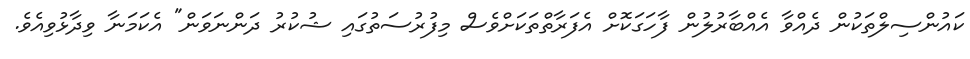
ކައުންސިލްތަކުން ދެއްވާ އެއްބާރުލުން ފާހަގަކޮށް އެފަރާތްތަކަށްވެސް މިފުރުސަތުގައި ޝުކުރު ދަންނަވަން" އެކަމަނާ ވިދާޅުވިއެވެ.